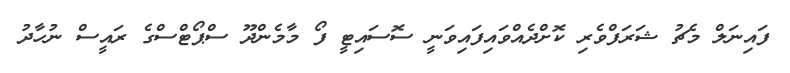
ފައިނަލް މެޗު ޝަރަފްވެރި ކޮށްދެއްވައިފައިވަނީ ސޮސައިޓީ ފޯ މާމެންދޫ ސްޕޯޓްސްގެ ރައީސް ނުހާދު